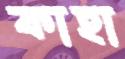
কাহা